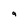
Character: 9